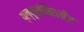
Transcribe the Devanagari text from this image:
प्ल्यूरोमिएलीज